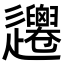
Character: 𨙞